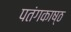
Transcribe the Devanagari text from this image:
पतंगकाष्ठ